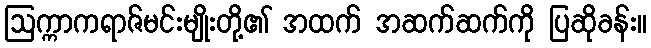
ဩက္ကာကရာဇ်မင်းမျိုးတို့၏ အထက် အဆက်ဆက်ကို ပြဆိုခန်း။